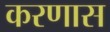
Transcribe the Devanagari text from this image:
करणास